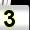
Digit: 3